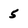
Character: 5